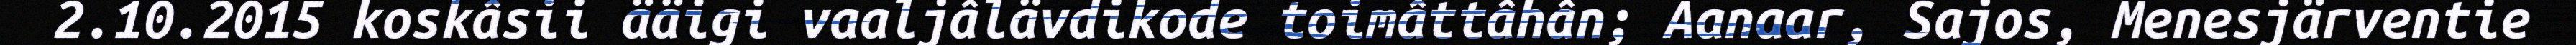
2.10.2015 koskâsii ääigi vaaljâlävdikode toimâttâhân; Aanaar, Sajos, Menesjärventie